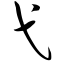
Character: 弋